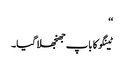
‘‘
ٹینگو کا باپ جھنجھلا گیا۔